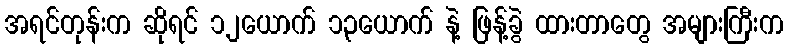
အရင်တုန်းက ဆိုရင် ၁၂ယောက် ၁၃ယောက် နဲ့ ဖြန့်ခွဲ ထားတာတွေ အများကြီးက